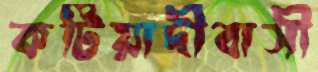
কটিয়াদীবাসী